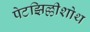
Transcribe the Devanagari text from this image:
पेटझिल्लीशोथ